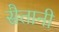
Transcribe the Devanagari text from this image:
सैतानी